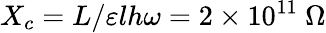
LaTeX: X_{c}=L/\varepsilon lh\omega=2\times 10^{11}\ \Omega